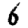
Digit: 6